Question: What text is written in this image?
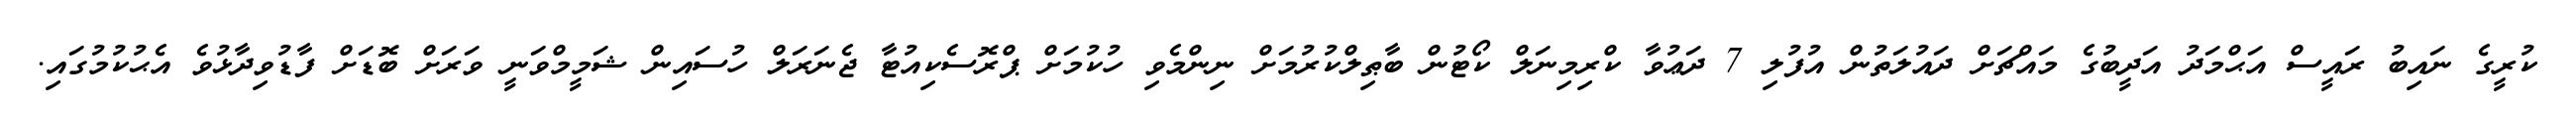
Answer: ކުރީގެ ނައިބު ރައީސް އަޙްމަދު އަދީބުގެ މައްޗަށް ދައުލަތުން އުފުލި 7 ދަޢުވާ ކްރިމިނަލް ކޯޓުން ބާޠިލްކުރުމަށް ނިންމެވި ހުކުމަށް ޕްރޮސެކިއުޓާ ޖެނަރަލް ހުސައިން ޝަމީމްވަނީ ވަރަށް ބޮޑަށް ފާޑުވިދާޅުވެ އެޙުކުމުގައި.